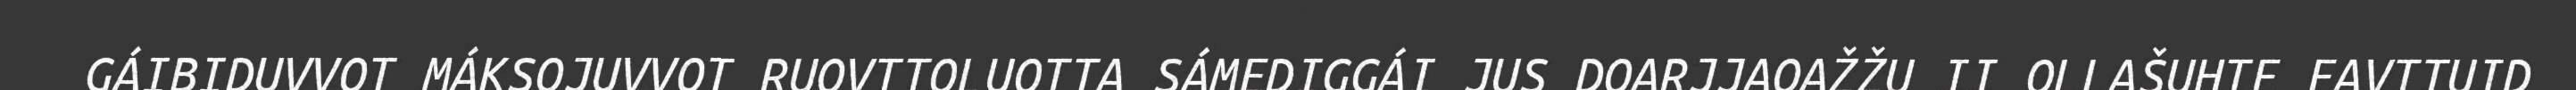
GÁIBIDUVVOT MÁKSOJUVVOT RUOVTTOLUOTTA SÁMEDIGGÁI JUS DOARJJAOAŽŽU II OLLAŠUHTE EAVTTUID